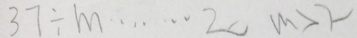
3 7 \div m \cdots 2 0 m > 2